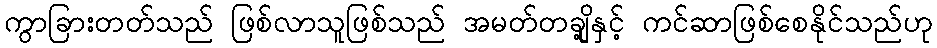
ကွာခြားတတ်သည် ဖြစ်လာသူဖြစ်သည် အမတ်တချို့နှင့် ကင်ဆာဖြစ်စေနိုင်သည်ဟု